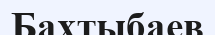
Бахтыбаев